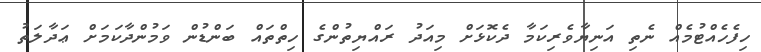
ހިފެހެއްޓުމެއް ނެތި އަނިޔާވެރިކަމާ ދެކޮޅަށް މިއަދު ރައްޔިތުންގެ ހިތްތައް ބަންޑުން ވަމުންދާކަމަށް ޢަދާލަތު